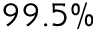
9 9 . 5 \%